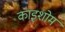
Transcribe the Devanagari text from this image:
काइशोम